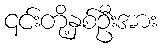
၎င်းတို့နှစ်ဦးအား